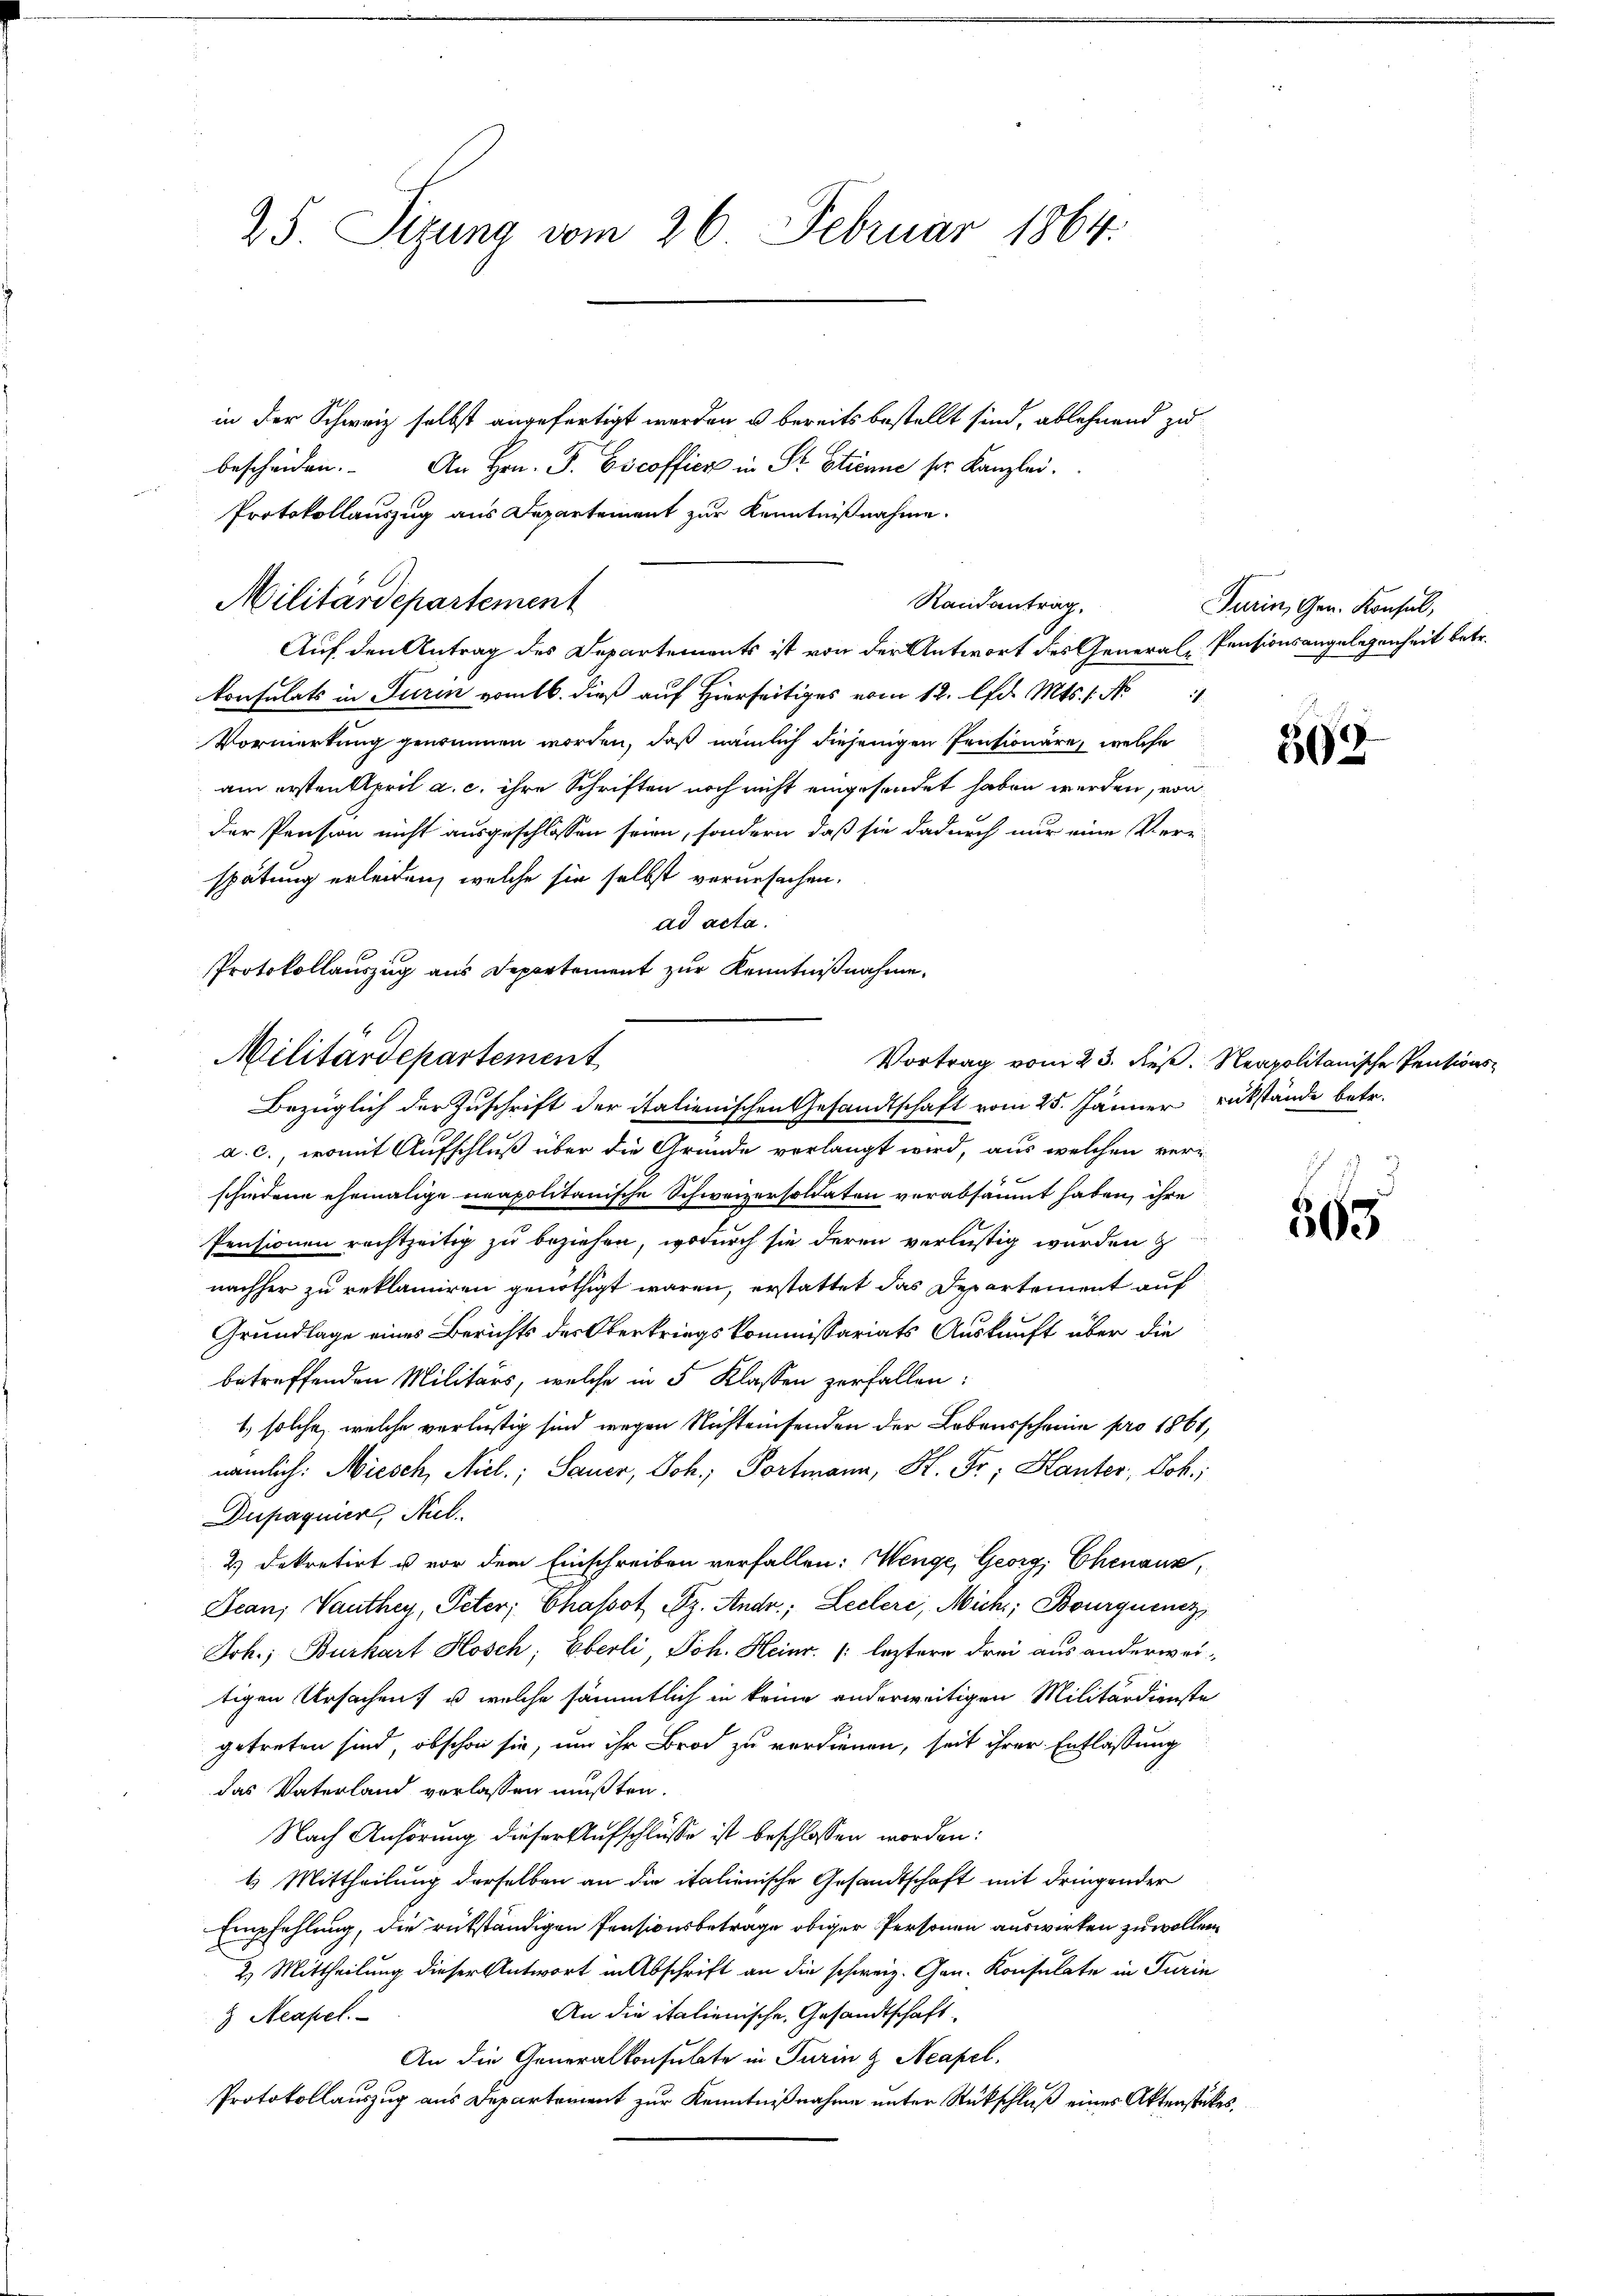
25. Sizung vom 26. Februar 1864.

in der Schweiz selbst angefertigt werden u bereits bestellt sind, ablehnend zu
bescheiden. An Hrn. J. Escoffier in Sr. Etienne sr. Kanzlei.
Protokollauszug aus Departement zur Kenntnißnahme.
Militärdepartement
Auf den Antrag des Departements ist von der Antwort des General-Pensionsangelegenheit betr.
konsulats in Turin vom 16. dieß auf Hierseits vom 12. lfd. Mts. 1. No
Vormerkung genommen worden, daß nämlich diejenigen Pensionäre, welche
am ersten April a. c. ihre Schriften noch nicht eingesendet haben werden, von
der Pension nicht ausgeschlossen seien, sondern, daß sie dadurch nur eine Ver-
spätung erleiden, welche sie selbst verursachen.
ad acta.
Protokollauszug aus Departement zur Kenntnißnahme.

Militärdepartement
Vortrag vom 23. dieß. Neapolitanische Pensions¬
Bezüglich der Zuschrift der italienischen Gesandtschaft vom 25. Jänner rükstände betr.

Randantrag.

a. c., womit Aufschluß über die Gründe verlangt wird, aus welchen verschiedene ehemalige neapolitanische Schweizersoldaten verabsäumt haben, ihre
Pensionen rechtzeitig zu beziehen, wodurch sie deren verlustig wurden
nachher zu reklamiren genöthigt waren, erstattet das Departement auf
Grundlage eines Berichts des Oberkriegskommissariats Auskunft über die
betreffenden Militärs, welche in 5 Klassen zerfallen:
1) solche, welche verlustig sind wegen Nichteinsenden der Lebensscheine pro 1861,
nämlich: Niesch, Nicl.; Sauer, Joh. Portmann, K. Fr.; Hauter, Joh.;
Dupagnier, Nul
2) Dekretirt u vor dem Einschreiben verfallen: Wenge, Georg Chenaus,
Scan; Vauthey, Peter, Chassot Rp. Andr.; Lecleri, Mich; Bourquenz,
Joh. Burkart Hosch; Eberli, Joh. Heinr. (: leztere drei aus anderweitigen Ursachen, u welche sämmtlich in keine anderweitigen Militärdienste
getreten sind, obschon sie, um ihr Brod zu verdienen, seit ihrer Entlassung
das Vaterland verlassen mußten.
Nach Anhörung dieser Aufschlüsse ist beschlossen worden:
1 Mittheilung derselben an die italienische Gesandtschaft mit dringender
Empfehlung, die rükständigen Pensionsbetrage obiger Personen auswirken zu wollen.
2.) Mittheilung dieser Antwort in Abschrift an die schweiz. Gen. Konsulate in Turin
An die italienische Gesandtschaft,
 Neapel.
An die Generalkonsulate in Turin & Neapel.
Protokollauszug aus Departement zur Kenntnißnahme unter Rückschluß eines Aktenstückes,

Turin, Gen. Konsul,

399

565